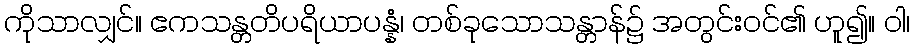
ကိုသာလျှင်။ ဧကသန္တတိပရိယာပန္နံ၊ တစ်ခုသောသန္တာန်၌ အတွင်းဝင်၏ ဟူ၍။ ဝါ၊